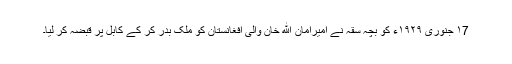
١7 جنوری ١٩٢٩ء کو بچّہ سقّہ نے امیرامان ﷲ خان والیٔ افغانستان کو ملک بدر کر کے کابل پر قبضہ کر لیا۔